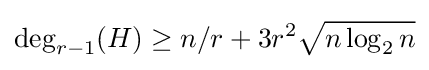
\deg _{r-1}(H)\geq n/r+3r^{2}{\sqrt {n\log _{2}n}}